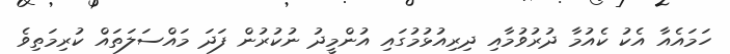
ހަމައެއާ އެކު ކެއުމާ ދުރުވުމާއި ދިރިއުޅުމުގައި އުންމީދު ނުކުރުން ފަދަ މައްސަލަތައް ކުރިމަތިވެ